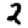
Digit: 2